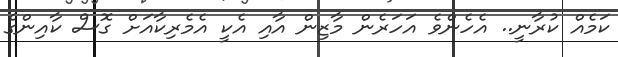
ކަމެއް ކުރާނީ.. އެހެންވެ އަހަރެން މާޒިން އާއި އެކީ އެމެރިކާއަށް ގޮސް ކާއިންގެ